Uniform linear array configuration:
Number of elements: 16
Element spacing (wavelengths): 0.25
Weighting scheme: uniform
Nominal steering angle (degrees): -60
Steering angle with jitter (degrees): -59.289
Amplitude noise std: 0.05
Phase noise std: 0.05

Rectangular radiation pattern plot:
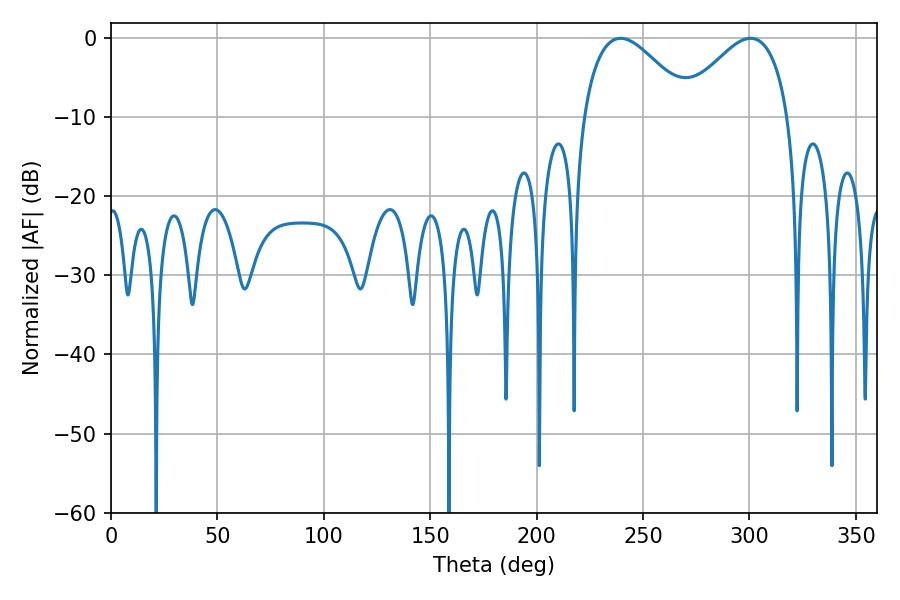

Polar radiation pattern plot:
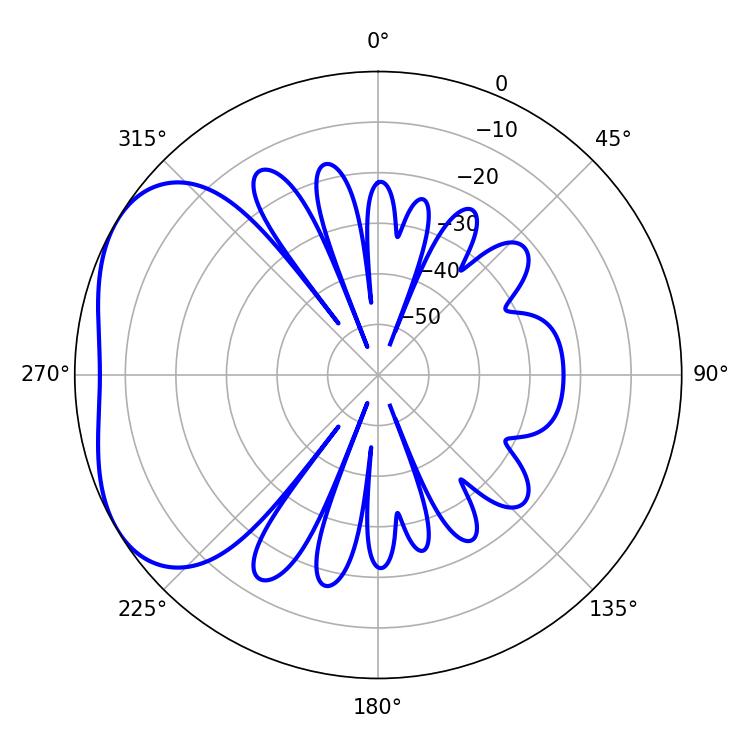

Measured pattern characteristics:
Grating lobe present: FALSE
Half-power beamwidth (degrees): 27.54
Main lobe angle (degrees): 239.4